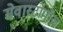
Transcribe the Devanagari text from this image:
सेवास्टोपॉल